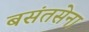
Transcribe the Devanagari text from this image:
बसंतसेना